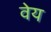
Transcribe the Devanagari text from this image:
वेय